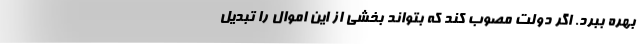
بهره ببرد. اگر دولت مصوب کند که بتواند بخشی از این اموال را تبدیل